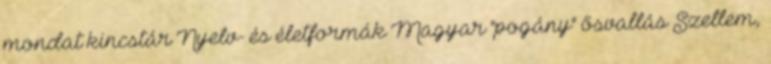
mondat kincstár Nyelv- és életformák Magyar "pogány" ősvallás Szellem,